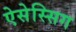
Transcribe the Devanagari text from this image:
ऐसेस्सिग